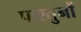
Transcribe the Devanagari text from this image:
पाश्तुनों